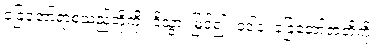
ခြေတော်ရာစသည်တို့ကို။ ဒိသွာ၊ မြင်၍။ ဝဒါနံ၊ ခြေတော်ရာတို့ကို။